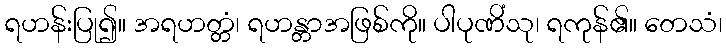
ရဟန်းပြု၍။ အရဟတ္တံ၊ ရဟန္တာအဖြစ်ကို။ ပါပုဏိံသု၊ ရကုန်၏။ တေသံ၊